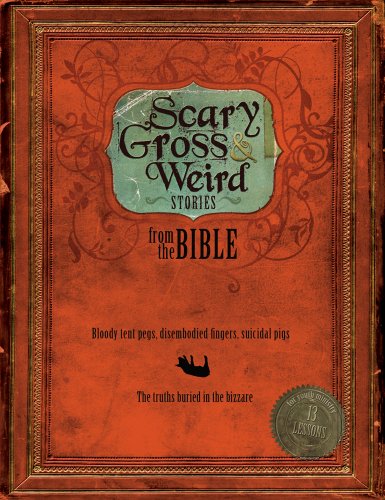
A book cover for Scary, Gross and Weird Stories from the Bible: Bloody Tent Pegs, Disembodied Fingers, and Suicidal Pigs...the Truths Buried in the Bizzare; Group Publishing; Christian Books & Bibles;